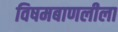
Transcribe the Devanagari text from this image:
विषमबाणलीला